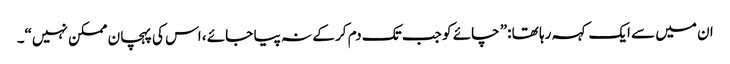
ان میں سے ایک کہہ رہا تھا :” چائے کو جب تک دم کر کے نہ پیا جائے ، اس کی پہچان ممکن نہیں“۔